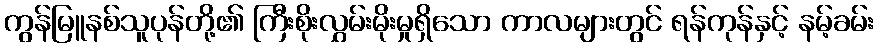
ကွန်မြူနစ်သူပုန်တို့၏ ကြီးစိုးလွှမ်းမိုးမှုရှိသော ကာလများတွင် ရန်ကုန်နှင့် နမ့်ခမ်း